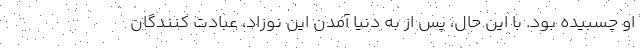
او چسبیده بود. با این حال، پس از به دنیا آمدن این نوزاد، عبادت کنندگان